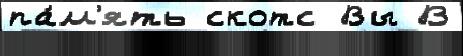
па́м'ять скотс Вы В